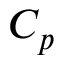
C _ { p }